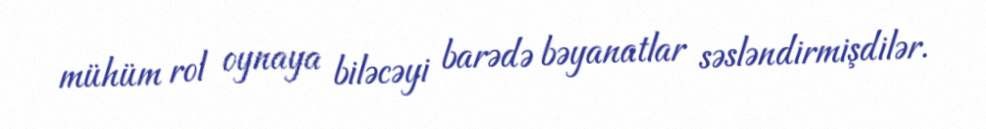
mühüm rol oynaya biləcəyi barədə bəyanatlar səsləndirmişdilər.